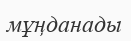
мұңданады